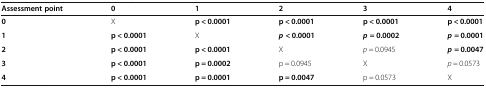
| Assessment point | 0 | 1 | 2 | 3 | 4 |
 | --- | --- | --- | --- | --- | --- |
 | 0 | X | p < 0.0001 | p < 0.0001 | p < 0.0001 | p < 0.0001 |
 | 1 | p < 0.0001 | X | p < 0.0001 | p = 0.0002 | p = 0.0001 |
 | 2 | p < 0.0001 | p < 0.0001 | X | p = 0.0945 | p = 0.0047 |
 | 3 | p < 0.0001 | p = 0.0002 | p = 0.0945 | X | p = 0.0573 |
 | 4 | p < 0.0001 | p = 0.0001 | p = 0.0047 | p = 0.0573 | X |